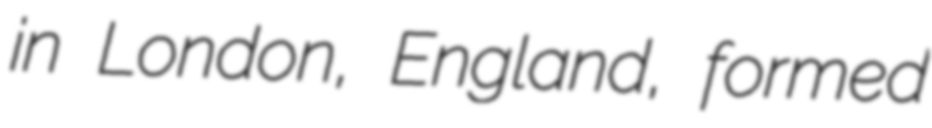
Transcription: in London, England, formed